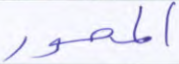
المحور